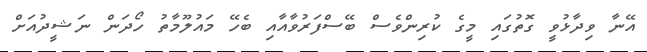
އޭނާ ވިދާޅުވީ ގޮތުގައި މީގެ ކުރިންވެސް ބޭސްފަރުވާއާއި ބެހޭ މައުލޫމާތު ހޯދަން ނަޝީދުއަށް